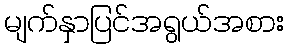
မျက်နှာပြင်အရွယ်အစား